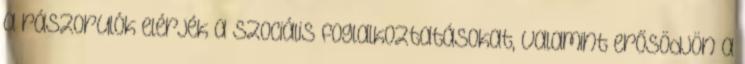
a rászorulók elérjék a szociális foglalkoztatásokat, valamint erősödjön a